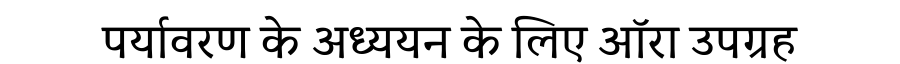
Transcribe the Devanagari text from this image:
पर्यावरण के अध्ययन के लिए ऑरा उपग्रह